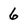
Character: 6